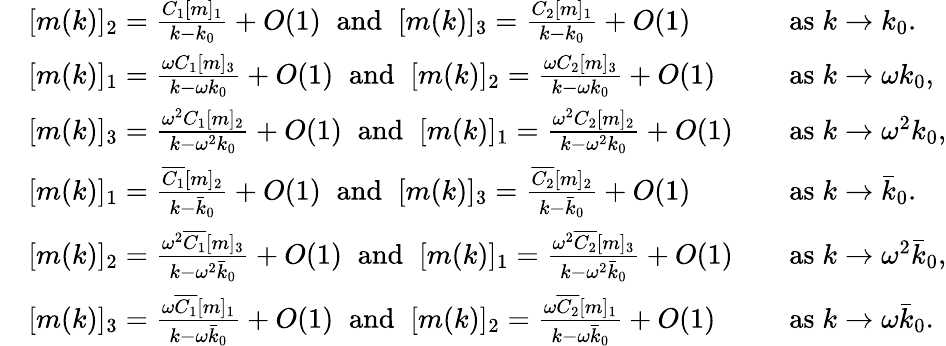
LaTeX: \begin{array}{rlrl}&{[m(k)]_{2}=\frac{C_{1}[m]_{1}}{k-k_{0}}+O(1)\; \; \mathrm{and}\; \; [m(k)]_{3}=\frac{C_{2}[m]_{1}}{k-k_{0}}+O(1)}&&{\mathrm{as}\; k\to k_{0}.}\\ &{[m(k)]_{1}=\frac{\omega C_{1}[m]_{3}}{k-\omega k_{0}}+O(1)\; \; \mathrm{and}\; \; [m(k)]_{2}=\frac{\omega C_{2}[m]_{3}}{k-\omega k_{0}}+O(1)}&&{\mathrm{as}\; k\to\omega k_{0},}\\ &{[m(k)]_{3}=\frac{\omega^{2}C_{1}[m]_{2}}{k-\omega^{2}k_{0}}+O(1)\; \; \mathrm{and}\; \; [m(k)]_{1}=\frac{\omega^{2}C_{2}[m]_{2}}{k-\omega^{2}k_{0}}+O(1)}&&{\mathrm{as}\; k\to\omega^{2}k_{0},}\\ &{[m(k)]_{1}=\frac{\overline{{C_{1}}}[m]_{2}}{k-\bar{k}_{0}}+O(1)\; \; \mathrm{and}\; \; [m(k)]_{3}=\frac{\overline{{C_{2}}}[m]_{2}}{k-\bar{k}_{0}}+O(1)}&&{\mathrm{as}\; k\to\bar{k}_{0}.}\\ &{[m(k)]_{2}=\frac{\omega^{2}\overline{{C_{1}}}[m]_{3}}{k-\omega^{2}\bar{k}_{0}}+O(1)\; \; \mathrm{and}\; \; [m(k)]_{1}=\frac{\omega^{2}\overline{{C_{2}}}[m]_{3}}{k-\omega^{2}\bar{k}_{0}}+O(1)}&&{\mathrm{as}\; k\to\omega^{2}\bar{k}_{0},}\\ &{[m(k)]_{3}=\frac{\omega\overline{{C_{1}}}[m]_{1}}{k-\omega\bar{k}_{0}}+O(1)\; \; \mathrm{and}\; \; [m(k)]_{2}=\frac{\omega\overline{{C_{2}}}[m]_{1}}{k-\omega\bar{k}_{0}}+O(1)}&&{\mathrm{as}\; k\to\omega\bar{k}_{0}.}\end{array}